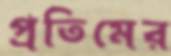
প্রতিমের